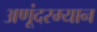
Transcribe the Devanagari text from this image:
अणूंदरम्यान